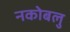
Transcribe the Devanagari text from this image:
नकोबलु